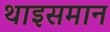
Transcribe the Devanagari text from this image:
थाइसमान